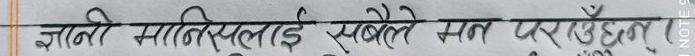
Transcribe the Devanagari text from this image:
ज्ञानी मानिसलाई सबैले मत परिरहेछन्